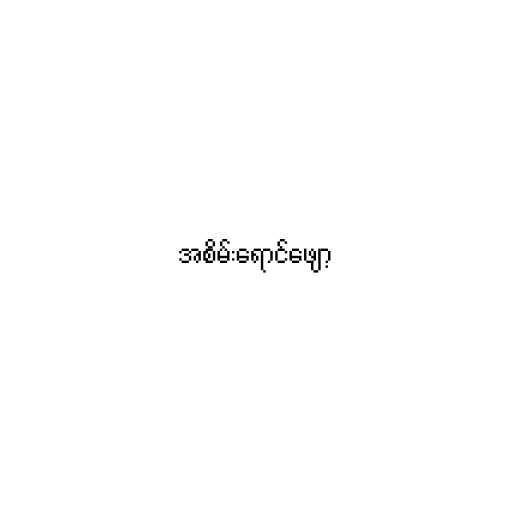
အစိမ်းရောင်ဖျော့